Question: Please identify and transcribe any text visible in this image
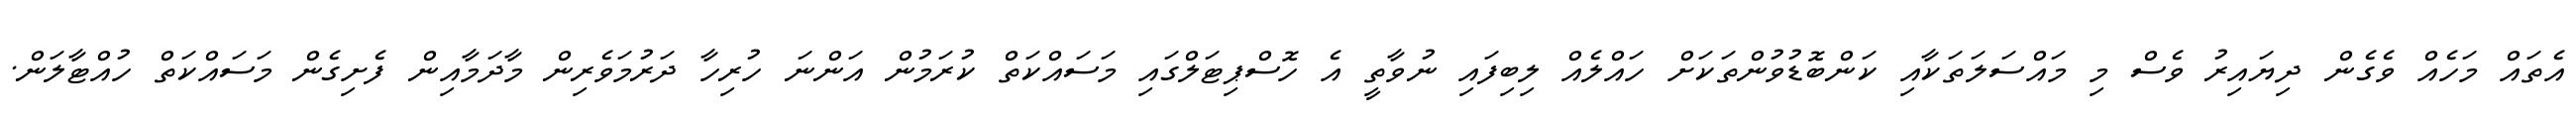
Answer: އެތައް މަހެއް ވެގެން ދިޔައިރު ވެސް މި މައްސަލަތަކާއި ކަންބޮޑުވުންތަކަށް ހައްލެއް ލިބިފައި ނުވާތީ އެ ހޮސްޕިޓަލްގައި މަސައްކަތް ކުރަމުން އަންނަ ހުރިހާ ދަރުމަވެރިން މާދަމާއިން ފެށިގެން މަސައްކަތް ހުއްޓާލަން.